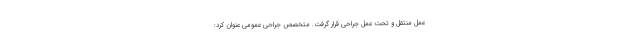
عمل منتقل و تحت عمل جراحی قرار گرفت. متخصص جراحی عمومی عنوان کرد: